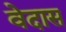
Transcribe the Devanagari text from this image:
वेदास